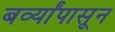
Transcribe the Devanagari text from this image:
बर्व्यांपासून